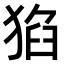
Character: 𤟅